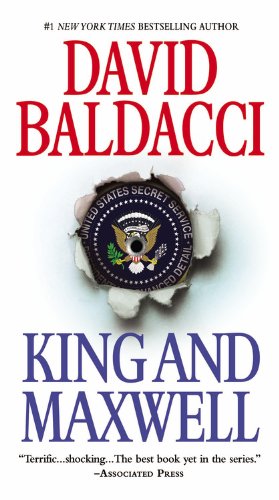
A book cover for King and Maxwell (King & Maxwell); David Baldacci; Mystery, Thriller & Suspense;